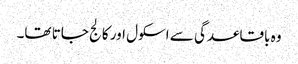
وہ باقاعدگی سے اسکول اور کالج جاتا تھا۔